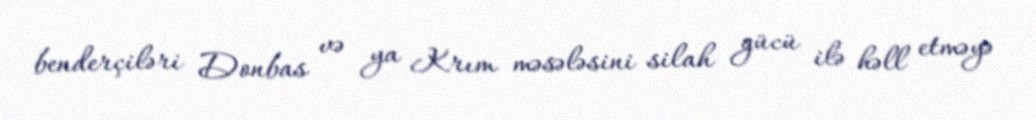
benderçiləri Donbas və ya Krım məsələsini silah gücü ilə həll etməyə